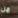
من